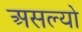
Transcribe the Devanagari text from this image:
असल्याे